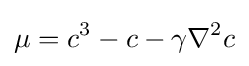
\mu =c^{3}-c-\gamma \nabla ^{2}c